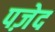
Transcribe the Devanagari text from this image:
पज़ेद